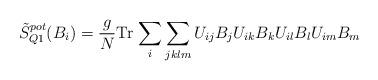
LaTeX: \begin{align*}\tilde{S}_{Q1}^{pot} (B_i ) = \frac{g}{N} \mbox{Tr} \, \sum_{i} \sum_{jklm}U_{ij} B_j U_{ik} B_k U_{il} B_l U_{im} B_m\end{align*}